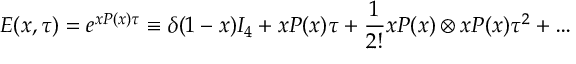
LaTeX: E ( x , \tau ) = e ^ { x P ( x ) \tau } \equiv \delta ( 1 - x ) I _ { 4 } + x P ( x ) \tau + \frac { 1 } { 2 ! } x P ( x ) \otimes x P ( x ) \tau ^ { 2 } + \dots